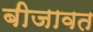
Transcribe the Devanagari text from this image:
बीजावत